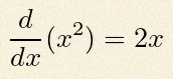
\frac{d}{dx}(x^2)=2x